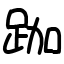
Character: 跏